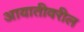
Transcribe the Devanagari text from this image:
आयातीवरील